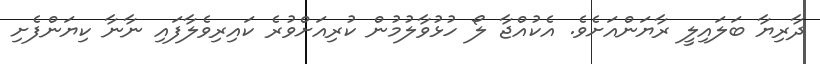
ދާރިޔާ ބަލައިލީ ރާޔަންއަށެވެ. އެކުއްޖާ ލޯ ހުޅުވާލުމުން ކުރިއަށްވުރެ ކައިރިވެލާފައި ނާނާ ކިޔަންފެށި